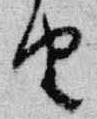
由